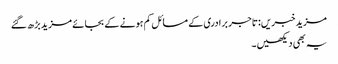
مزید خبریں:تاجر برادری کے مسائل کم ہونے کے بجائے مزید بڑھ گئے
یہ بھی دیکھیں۔